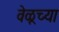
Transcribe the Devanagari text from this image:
वेळूच्या